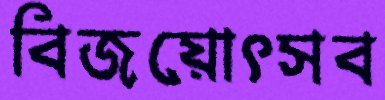
বিজয়োৎসব